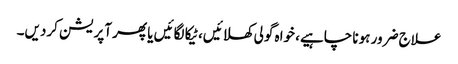
علاج ضرور ہونا چاہیے، خواہ گولی کھلائیں، ٹیکا لگائیں یا پھر آپریشن کردیں۔